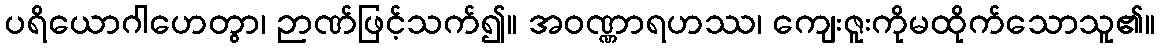
ပရိယောဂါဟေတွာ၊ ဉာဏ်ဖြင့်သက်၍။ အဝဏ္ဏာရဟဿ၊ ကျေးဇူးကိုမထိုက်သောသူ၏။